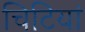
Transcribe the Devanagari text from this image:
चिटियां